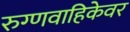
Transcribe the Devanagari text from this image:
रुग्णवाहिकेवर